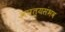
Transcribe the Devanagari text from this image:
अपत्यसंभव